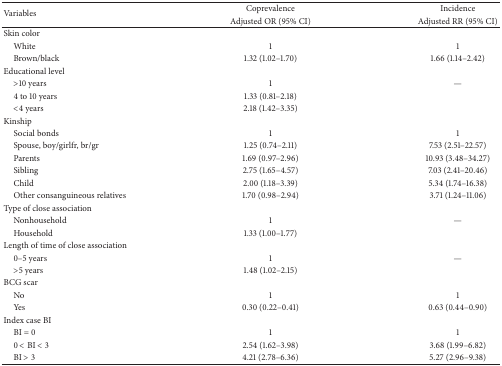
<table><thead><tr><td rowspan="2"><b>Variables</b></td><td><b>Coprevalence</b></td><td><b>Incidence</b></td></tr><tr><td><b>Adjusted OR (95% CI)</b></td><td><b>Adjusted RR (95% CI)</b></td></tr></thead><tbody><tr><td>Skin color</td><td> </td><td> </td></tr><tr><td> White</td><td>1</td><td>1</td></tr><tr><td> Brown/black</td><td>1.32 (1.02–1.70)</td><td>1.66 (1.14–2.42)</td></tr><tr><td>Educational level</td><td> </td><td> </td></tr><tr><td> &gt;10 years</td><td>1</td><td>—</td></tr><tr><td> 4 to 10 years</td><td>1.33 (0.81–2.18)</td><td> </td></tr><tr><td> &lt;4 years</td><td>2.18 (1.42–3.35)</td><td> </td></tr><tr><td>Kinship</td><td> </td><td> </td></tr><tr><td> Social bonds</td><td>1</td><td>1</td></tr><tr><td> Spouse, boy/girlfr, br/gr</td><td>1.25 (0.74–2.11)</td><td>7.53 (2.51–22.57)</td></tr><tr><td> Parents</td><td>1.69 (0.97–2.96)</td><td>10.93 (3.48–34.27)</td></tr><tr><td> Sibling</td><td>2.75 (1.65–4.57)</td><td>7.03 (2.41–20.46)</td></tr><tr><td> Child</td><td>2.00 (1.18–3.39)</td><td>5.34 (1.74–16.38)</td></tr><tr><td> Other consanguineous relatives</td><td>1.70 (0.98–2.94)</td><td>3.71 (1.24–11.06)</td></tr><tr><td>Type of close association</td><td> </td><td> </td></tr><tr><td> Nonhousehold</td><td>1</td><td>—</td></tr><tr><td> Household</td><td>1.33 (1.00–1.77)</td><td> </td></tr><tr><td>Length of time of close association</td><td> </td><td> </td></tr><tr><td> 0–5 years</td><td>1</td><td>—</td></tr><tr><td> &gt;5 years</td><td>1.48 (1.02–2.15)</td><td> </td></tr><tr><td>BCG scar</td><td> </td><td> </td></tr><tr><td> No</td><td>1</td><td>1</td></tr><tr><td> Yes</td><td>0.30 (0.22–0.41)</td><td>0.63 (0.44–0.90)</td></tr><tr><td>Index case BI</td><td> </td><td> </td></tr><tr><td> BI = 0</td><td>1</td><td>1</td></tr><tr><td> 0 &lt; BI &lt; 3</td><td>2.54 (1.62–3.98)</td><td>3.68 (1.99–6.82)</td></tr><tr><td> BI &gt; 3</td><td>4.21 (2.78–6.36)</td><td>5.27 (2.96–9.38)</td></tr></tbody></table>